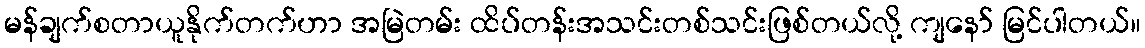
မန်ချက်စတာယူနိုက်တက်ဟာ အမြဲတမ်း ထိပ်တန်းအသင်းတစ်သင်းဖြစ်တယ်လို့ ကျနော် မြင်ပါတယ်။